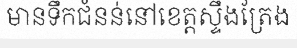
មានទឹកជំនន់នៅខេត្តស្ទឹងត្រែង